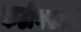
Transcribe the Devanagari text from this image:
कठीणसमयी